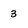
Character: 3